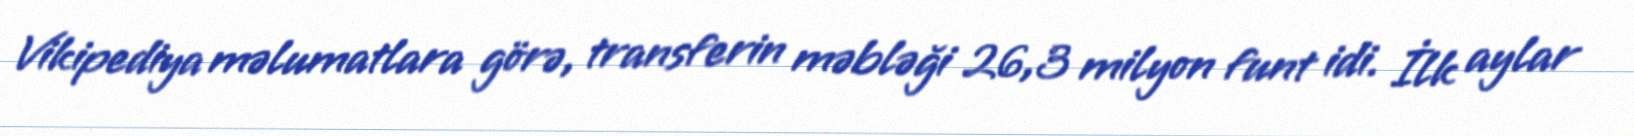
Vikipediya məlumatlara görə, transferin məbləği 26,3 milyon funt idi. İlk aylar